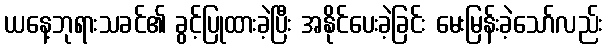
ယနေ့ဘုရားသခင်၏ ခွင့်ပြုထားခဲ့ပြီး အနိုင်ပေးခဲ့ခြင်း မေးမြန်းခဲ့သော်လည်း